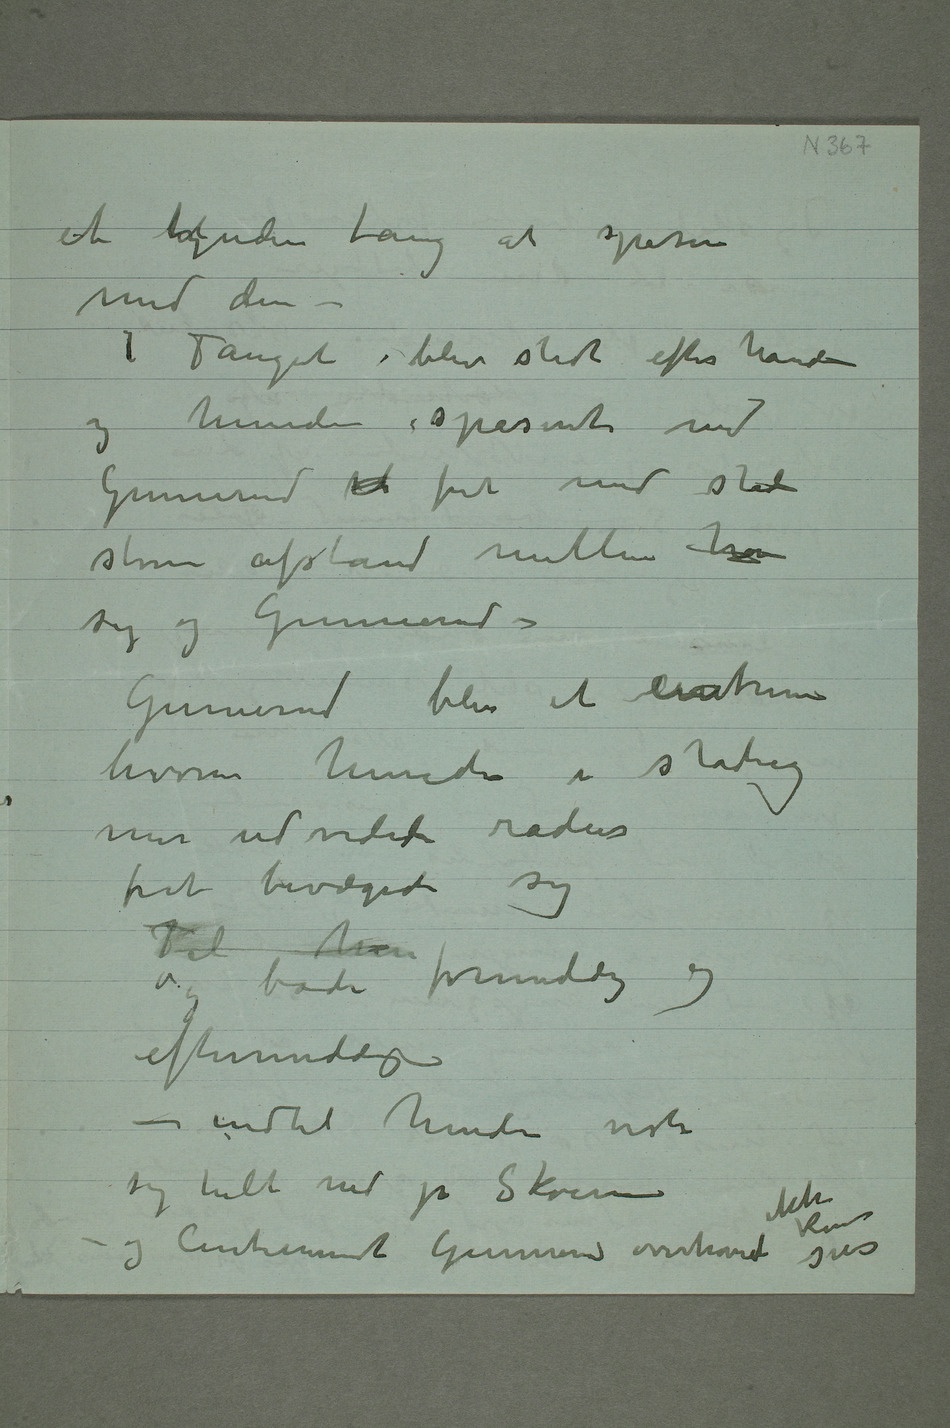
et lignende taug at spasere
med den –
Tauget blev slidt efter hånden og
hunden spaserte med
Gunnerud  frit med stadi
større afstand mellem han
sig og Gunnerud –
Gunnerud blev et centrum
hvorom hunden i stadig
mer udvided radius
frit bevæget sig
Til han
og både formiddag og
eftermiddag
– indtil hunden viste
og Centrumet Gunnerud overhoved ikke kunne